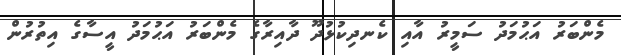
މެންބަރު އަޙުމަދު ސަމީރު އާއި ކެނދިކުޅުދޫ ދާއިރާގެ މެންބަރު އަޙުމަދު އީސާގެ އިތުރުން